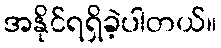
အနိုင်ရရှိခဲ့ပါတယ်။